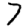
Digit: 7